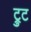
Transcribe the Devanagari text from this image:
ट्रुट